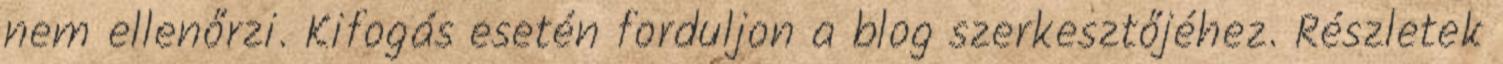
nem ellenőrzi. Kifogás esetén forduljon a blog szerkesztőjéhez. Részletek